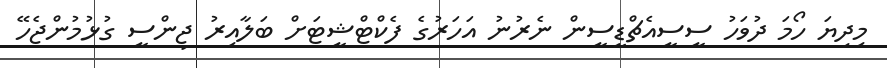
މިދިޔަ ހޯމަ ދުވަހު ސީސީއެޗްޑީސީން ނެރުނު އަހަރުގެ ފެކްޓްޝީޓަށް ބަލާއިރު ޖިންސީ ގުޅުމުންޖެހޭ